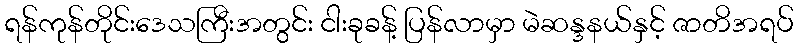
ရန်ကုန်တိုင်းဒေသကြီးအတွင်း ငါးခုခန့် ပြန်လာမှာ မဲဆန္ဒနယ်နှင့် ဇာတိအရပ်